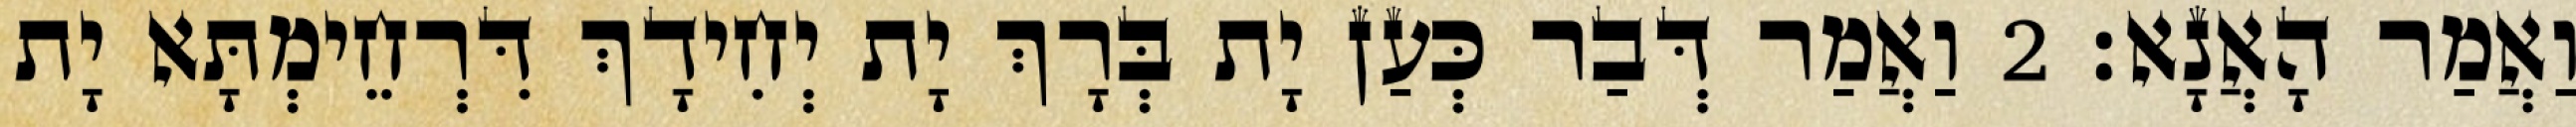
וַאֲמַר הָאֲנָא׃ 2 וַאֲמַר דְּבַר כְּעַן יָת בְּרָךְ יָת יְחִידָךְ דִּרְחֵימְתָּא יָת